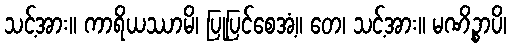
သင့်အား။ ကာရိယဿာမိ၊ ပြုပြင်စေအံ့။ တေ၊ သင့်အား။ မဏိဉ္စာပိ၊